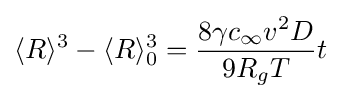
\langle R\rangle ^{3}-\langle R\rangle _{0}^{3}={\frac {8\gamma c_{\infty }v^{2}D}{9R_{g}T}}t